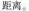
距离。